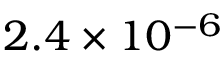
2 . 4 \times 1 0 ^ { - 6 }